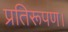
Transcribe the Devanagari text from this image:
प्रतिरूपण।